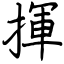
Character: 揮